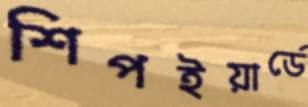
শিপইয়ার্ডে